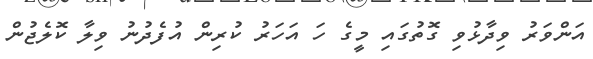
އަންވަރު ވިދާޅުވި ގޮތުގައި މީގެ ހަ އަހަރު ކުރިން އުފެދުނު ވިލާ ކޮލެޖުން